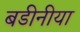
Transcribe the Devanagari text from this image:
बडीनीया